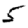
Digit: 5